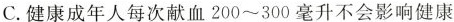
C. 健康成年人每次献血200~300毫升不会影响健康